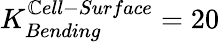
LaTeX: K_{Bending}^{\mathbb{C}ell-Surface}=20